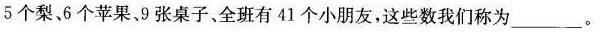
5个梨，6个苹果、9张桌子、全班有41个小朋友，这些数我们称为___。